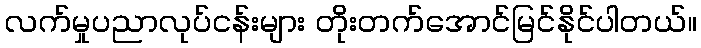
လက်မှုပညာလုပ်ငန်းများ တိုးတက်အောင်မြင်နိုင်ပါတယ်။